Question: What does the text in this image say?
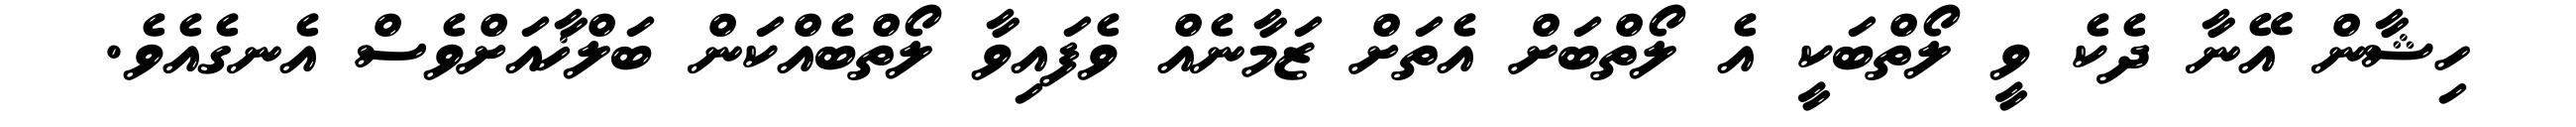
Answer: ހިޝާން އޭނާ ދެކެ ވީ ލޯތްބަކީ އެ ލޯތްބަށް އެތަށް ޒަމާނެއް ވެފައިވާ ލޯތްބެއްކަން ބަލްޚާއަށްވެސް އެނގެއެވެ.